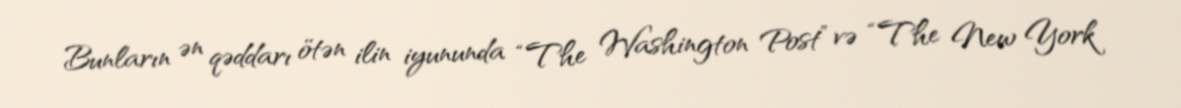
Bunların ən qəddarı ötən ilin iyununda “The Washington Post” və “The New York